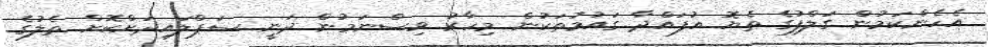
އެހެންކަމުން ގަލްފުގެ ތެޔޮ އުފައްދާ ގައުމުތަކުން މިހާރު ވިސްނަމުން ދަނީ ސަޕްލައިދަށްކޮށް ތެލުގެ